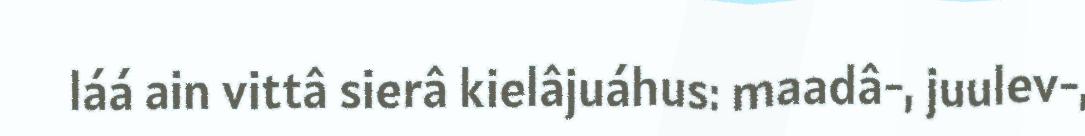
láá ain vittâ sierâ kielâjuáhus: maadâ-, juulev-,